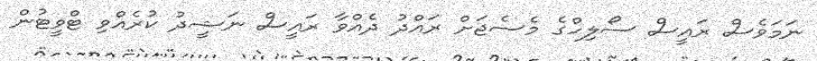
ނަމަވެސް ރައީސް ސޯލިހްގެ މެސެޖަށް ރައްދު ދެއްވާ ރައީސް ނަޝީދު ކުރެއްވި ޓްވީޓުން